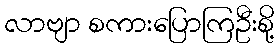
လာဗျာ စကားပြောကြဦးစို့